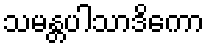
သမန္တပါသာဒိကော